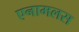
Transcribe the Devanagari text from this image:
एनामलस